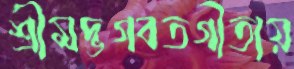
শ্রীমদ্ভগবতগীতায়